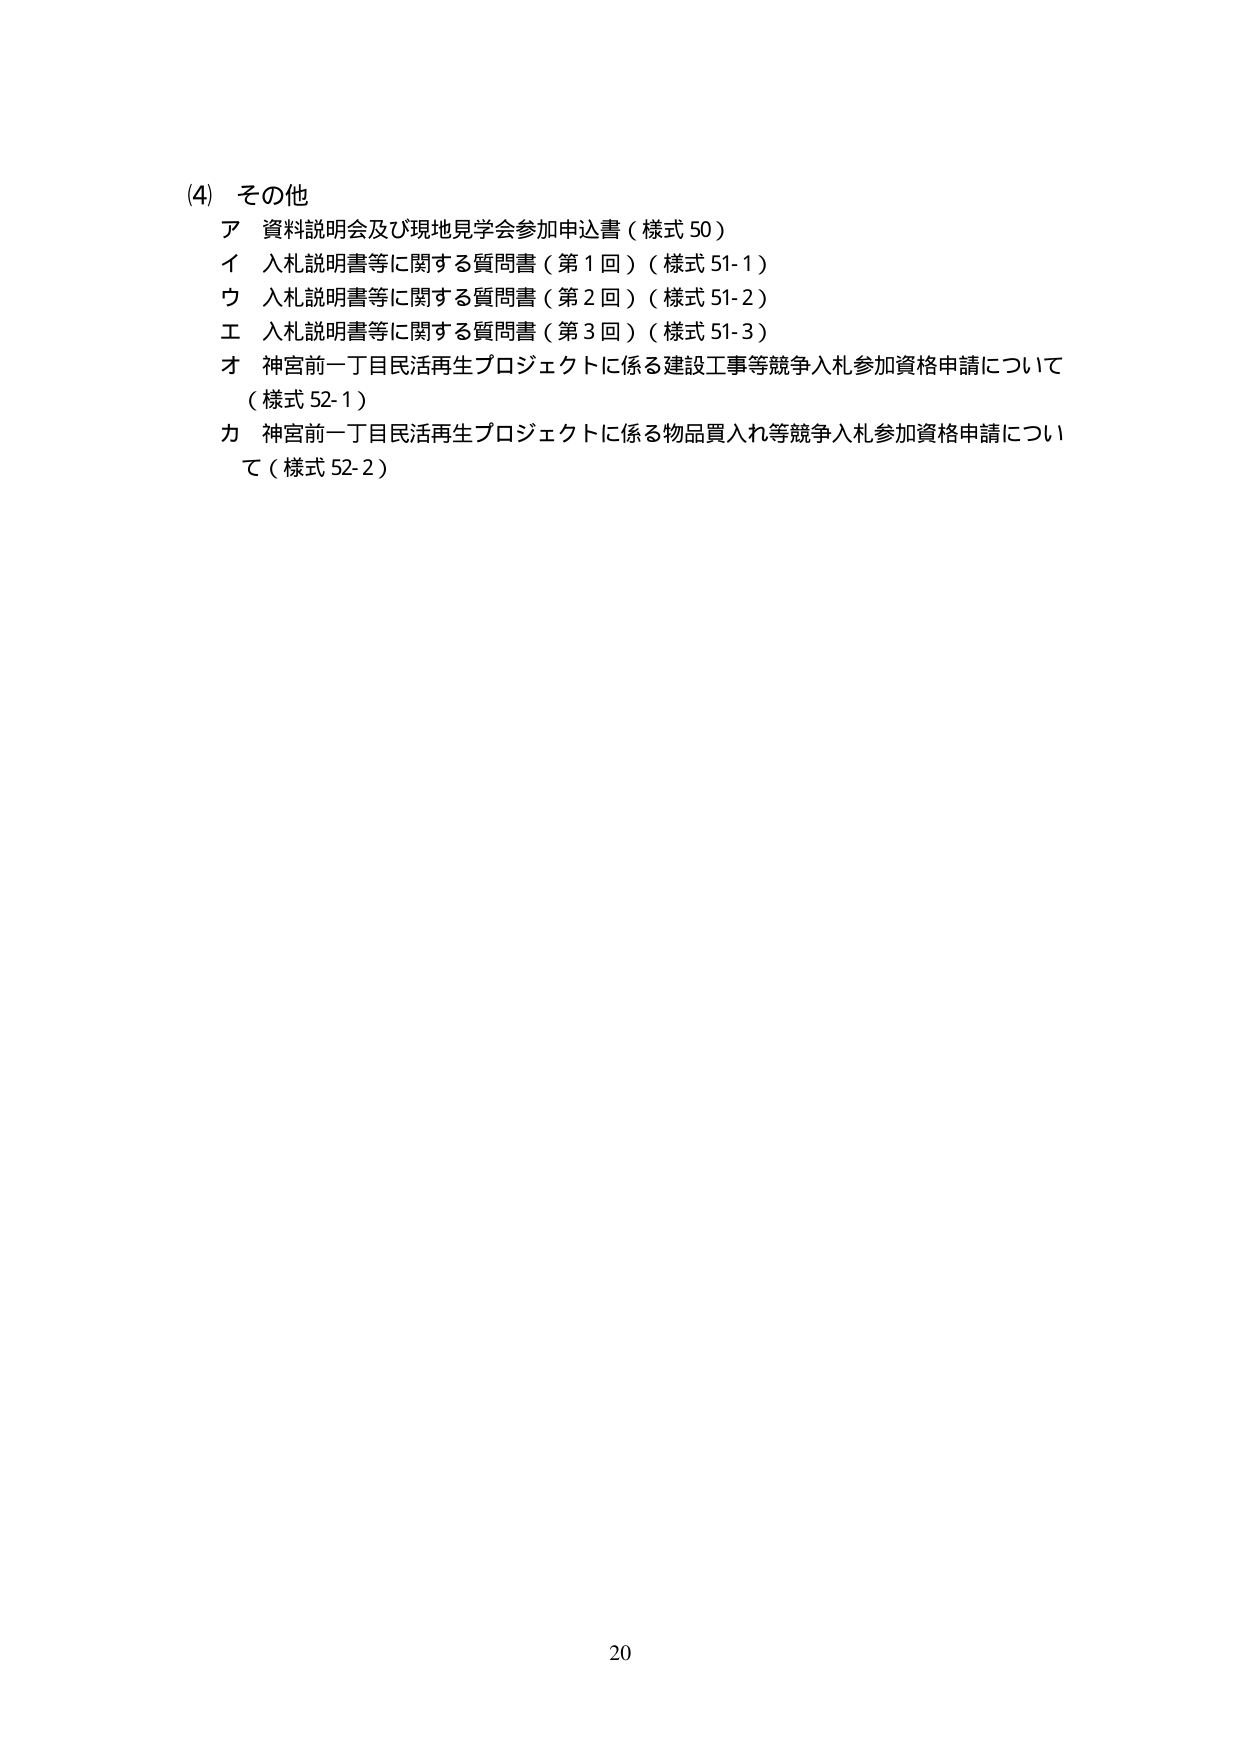
(4) その他
ア 資料説明会及び現地見学会参加申込書（様式 50）
イ 入札説明書等に関する質問書（第1回）（様式 51-1）
ウ 入札説明書等に関する質問書（第2回）（様式 51-2）
エ 入札説明書等に関する質問書（第3回）（様式 51-3）
オ 神宮前一丁目民活再生プロジェクトに係る建設工事等競争入札参加資格申請について（様式 52-1）
カ 神宮前一丁目民活再生プロジェクトに係る物品買入れ等競争入札参加資格申請について（様式 52-2）

20